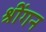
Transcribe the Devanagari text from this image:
श्रींगन